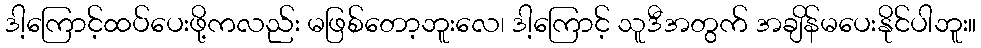
ဒါ့ကြောင့်ထပ်ပေးဖို့ကလည်း မဖြစ်တော့ဘူးလေ၊ ဒါ့ကြောင့် သူဒီအတွက် အချိန်မပေးနိုင်ပါဘူး။